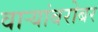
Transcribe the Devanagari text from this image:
वाऱ्यांबरोबर